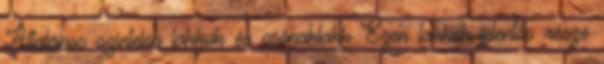
Általános színtelen lakkok és csónaklakk Ezen lakkok jelentős része